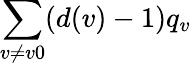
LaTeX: \sum_{v\neq v0}(d(v)-1)q_{v}